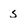
Character: s